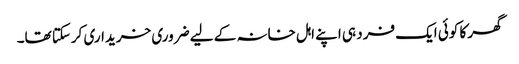
گھر کا کوئی ایک فرد ہی اپنے اہل خانہ کے لیے ضروری خریداری کرسکتا تھا۔